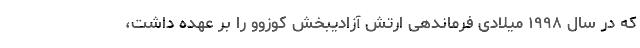
که در سال ۱۹۹۸ میلادی فرماندهی ارتش آزادیبخش کوزوو را بر عهده داشت،